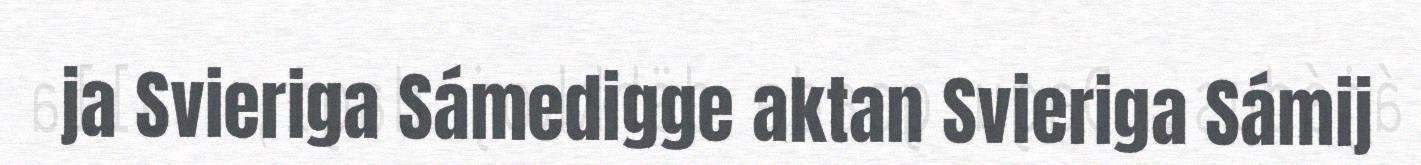
ja Svieriga Sámedigge aktan Svieriga Sámij